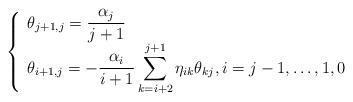
LaTeX: \begin{align*}\left\{\begin{array}{l}\theta_{j+1,j} = {\displaystyle \frac{\alpha_j}{j+1}} \\\theta_{i+1,j} = {\displaystyle -\frac{\alpha_i}{i+1} \sum_{k=i+2}^{j+1} \eta_{ik}\theta_{kj}}, i=j-1,\ldots,1,0\end{array}\right. \end{align*}